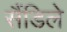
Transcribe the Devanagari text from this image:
सैंडिले